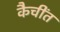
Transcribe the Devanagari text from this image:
कैचींत